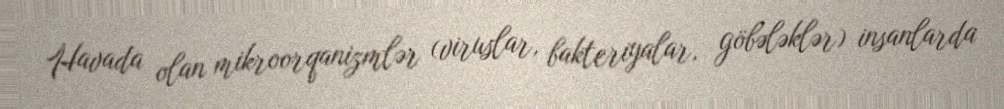
Havada olan mikroorqanizmlər (viruslar, bakteriyalar, göbələklər) insanlarda